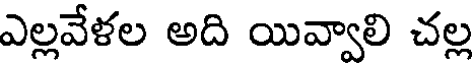
ఎల్లవేళల అది యివ్వాలి చల్ల